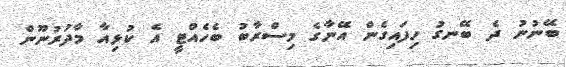
ބޭނުނު ދެ ބޭނގު ހިފައިގެން އޭނާގެ މިސްރާބު ބެހެއްޓީ އެ ކުޅިއާ މާދުރުނޫން